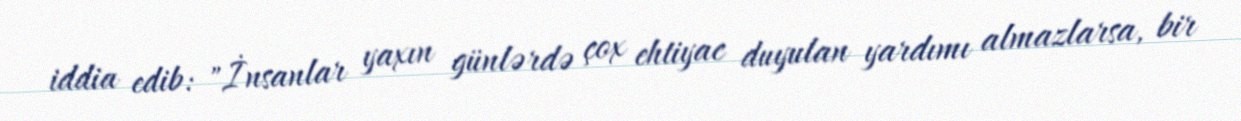
iddia edib: "İnsanlar yaxın günlərdə çox ehtiyac duyulan yardımı almazlarsa, bir